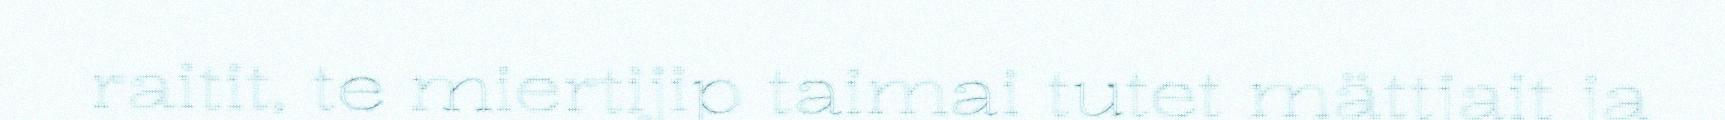
raitit, te miertijip taimai tutet mättjait ja